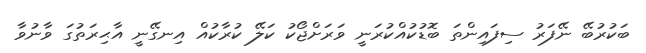
ބަކުރުބޭ ނޭފަރު ސިފައިންތަ ބޮޑުކުއްކުރަނީ ވަރަށްޖޯކު ކަލޭ ކުރާކުއް އިނގޭނީ އާޙިރަތުގަ ވާނުވާ